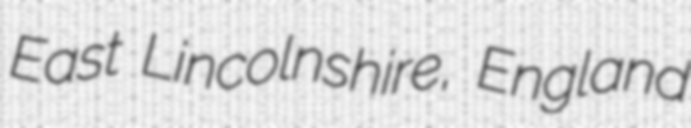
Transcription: East Lincolnshire, England